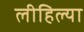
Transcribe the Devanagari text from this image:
लीहिल्या